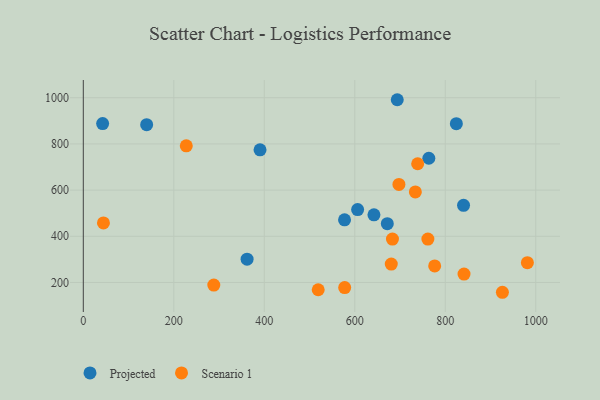
{"axis": {"x": "Investment", "y": "Sales"}, "legend": ["Projected", "Scenario 1"], "data": [{"x": "824.5", "y": 887.6, "type": "Projected"}, {"x": "763.7", "y": 738.0, "type": "Projected"}, {"x": "140.0", "y": 883.3, "type": "Projected"}, {"x": "642.4", "y": 493.1, "type": "Projected"}, {"x": "840.4", "y": 533.9, "type": "Projected"}, {"x": "42.7", "y": 888.1, "type": "Projected"}, {"x": "671.9", "y": 454.6, "type": "Projected"}, {"x": "606.3", "y": 515.8, "type": "Projected"}, {"x": "390.6", "y": 774.4, "type": "Projected"}, {"x": "362.0", "y": 301.1, "type": "Projected"}, {"x": "693.9", "y": 991.3, "type": "Projected"}, {"x": "577.4", "y": 471.3, "type": "Projected"}, {"x": "697.6", "y": 624.4, "type": "Scenario 1"}, {"x": "776.6", "y": 271.7, "type": "Scenario 1"}, {"x": "577.7", "y": 177.9, "type": "Scenario 1"}, {"x": "44.5", "y": 457.7, "type": "Scenario 1"}, {"x": "926.3", "y": 157.6, "type": "Scenario 1"}, {"x": "680.7", "y": 279.7, "type": "Scenario 1"}, {"x": "519.2", "y": 168.6, "type": "Scenario 1"}, {"x": "761.6", "y": 387.9, "type": "Scenario 1"}, {"x": "841.5", "y": 236.4, "type": "Scenario 1"}, {"x": "288.4", "y": 188.9, "type": "Scenario 1"}, {"x": "981.5", "y": 285.8, "type": "Scenario 1"}, {"x": "739.0", "y": 714.0, "type": "Scenario 1"}, {"x": "227.6", "y": 791.7, "type": "Scenario 1"}, {"x": "733.9", "y": 592.0, "type": "Scenario 1"}, {"x": "683.3", "y": 387.8, "type": "Scenario 1"}]}